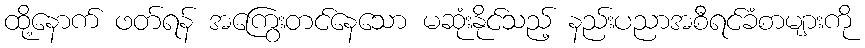
ထို့နောက် ဖတ်ရန် အကြွေးတင်နေသော မဆုံးနိုင်သည့် နည်းပညာအစီရင်ခံစာများကို